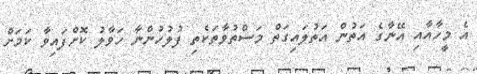
އެ މީހާއާއި އޭނާގެ އަތުން އަތުލައިގަތް މަސްތުވާތަކެތި ފުލުހުންނާ ހަވާލު ކޮށްފައިވާ ކަމަށް